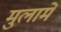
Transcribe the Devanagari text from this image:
मुलामे